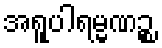
အရူပါရမ္မဏဉ္စ